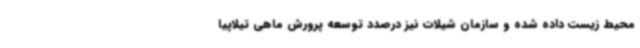
محیط زیست داده شده و سازمان شیلات نیز درصدد توسعه پرورش ماهی تیلاپیا